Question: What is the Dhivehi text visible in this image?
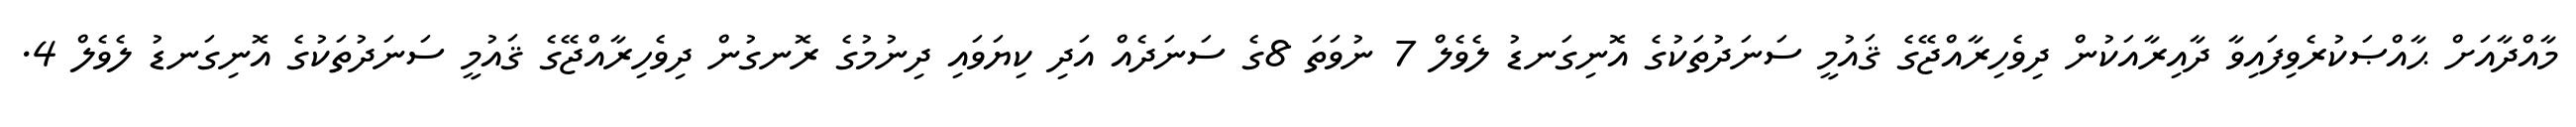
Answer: މާއްދާއަށް ޙާއްޞަކުރެވިފައިވާ ދާއިރާއަކުން ދިވެހިރާއްޖޭގެ ޤައުމީ ސަނަދުތަކުގެ އޮނިގަނޑު ލެވެލް 7 ނުވަތަ 8ގެ ސަނަދެއް އަދި ކިޔަވައި ދިނުމުގެ ރޮނގުން ދިވެހިރާއްޖޭގެ ޤައުމީ ސަނަދުތަކުގެ އޮނިގަނޑު ލެވެލް 4.